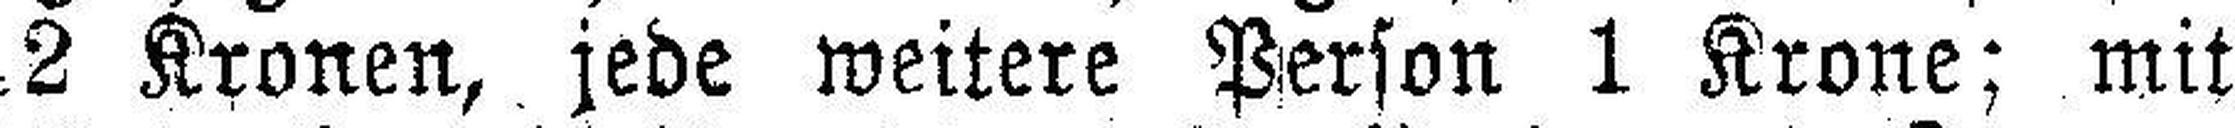
2 Kronen, jede weitere Person 1 Krone; mit